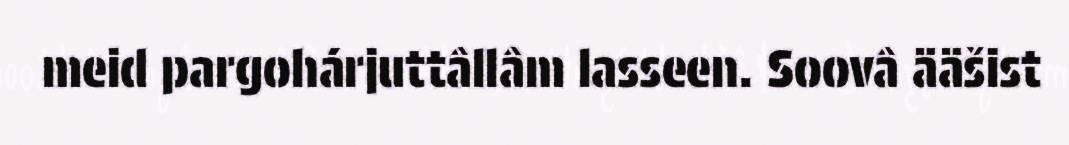
meid pargohárjuttâllâm lasseen. Soovâ ääšist